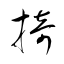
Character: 掎